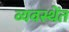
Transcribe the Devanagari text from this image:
व्यवस्थेंत